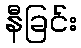
နီခြင်း